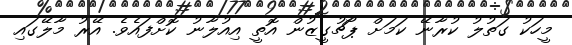
މީހަކު ގަތުލު ކުރާނޭ ކަމަށް ޕޯޗުގީޒުން އޮތީ އިއުލާނު ކޮށްފައެވެ. އޭރު މާލޭގައި